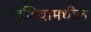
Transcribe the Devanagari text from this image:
लुशियामधील